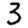
Digit: 3